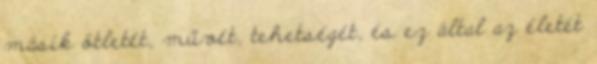
másik ötletét, művét, tehetségét, és ez által az életét